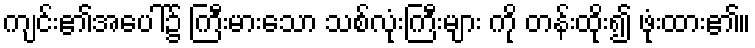
ကျင်း၏အပေါ်၌ ကြီးမားသော သစ်လုံးကြီးများ ကို တန်းထိုး၍ ဖုံးထား၏။